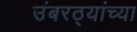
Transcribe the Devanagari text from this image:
उंबरठ्यांच्या